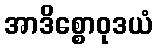
အာဒိစ္စောဝုဒယံ